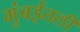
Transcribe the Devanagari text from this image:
मुंबईतली